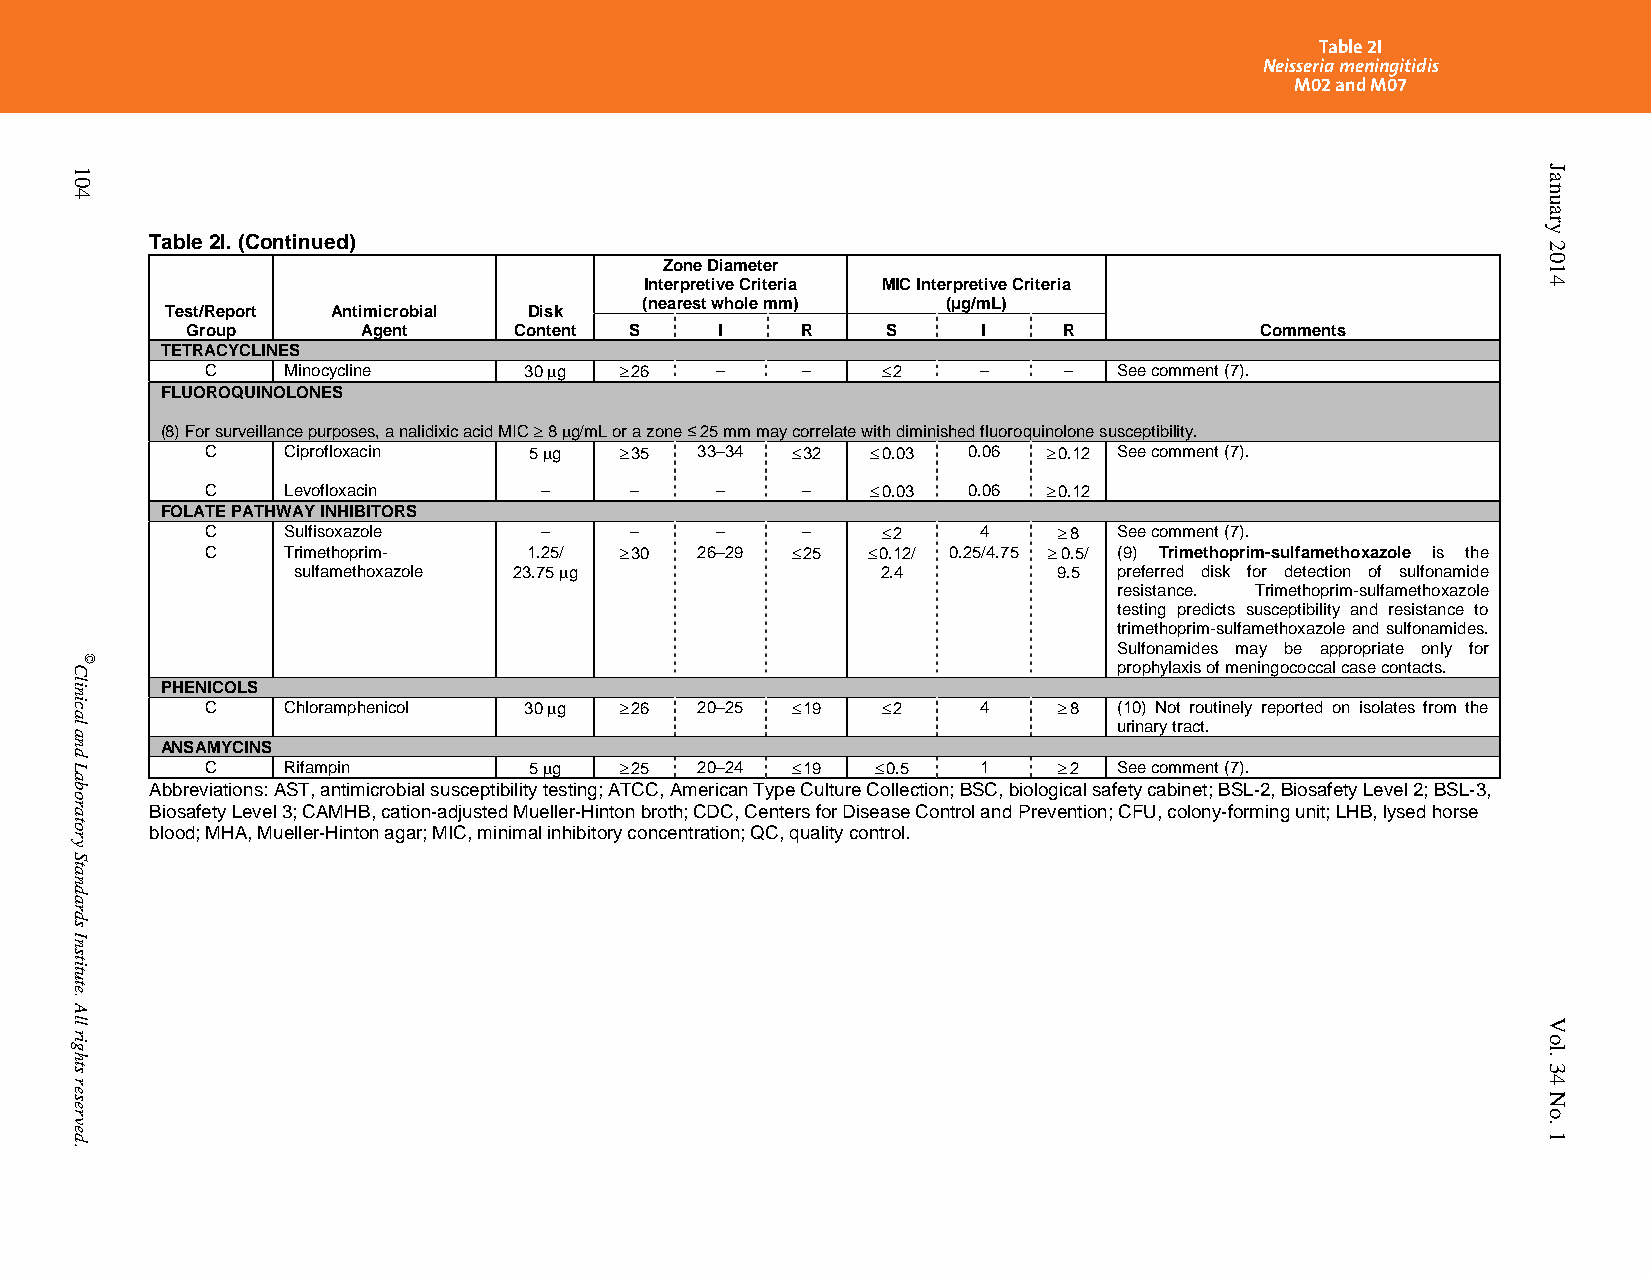
Table 2I
 Neisseria meningitidis
 M02 and M07
 Table 2I. (Continued)
 Zone Diameter
 Interpretive Criteria MIC Interpretive Criteria
 (nearest whole mm)  (µg/mL)
 Test/Report Antimicrobial Disk
 Group       Agent     Content S     I    R     S     I    R            Comments
 TETRACYCLINES
 C    Minocycline     30 g  26  –     –     2    –    –   See comment (7).
 FLUOROQUINOLONES
 (8) For surveillance purposes, a nalidixic acid MIC  8 g/mL or a zone ≤ 25 mm may correlate with diminished fluoroquinolone susceptibility.
 C    Ciprofloxacin   5 g   35 33–34  32   0.03 0.06  0.12 See comment (7).
 C    Levofloxacin     –     –    –     –     0.03 0.06  0.12
 FOLATE PATHWAY INHIBITORS
 C    Sulfisoxazole    –     –    –     –     2    4     8 See comment (7).
 C    Trimethoprim-   1.25/  30 26–29  25  0.12/ 0.25/4.75  0.5/ (9) Trimethoprim-sulfamethoxazole is the
 sulfamethoxazole 23.75 g              2.4         9.5 preferred disk for detection of sulfonamide
 resistance. Trimethoprim-sulfamethoxazole
 testing predicts susceptibility and resistance to
 trimethoprim-sulfamethoxazole and sulfonamides.
 Sulfonamides may be appropriate only for
 prophylaxis of meningococcal case contacts.
 PHENICOLS
 C    Chloramphenicol 30 g  26 20–25  19   2    4     8 (10) Not routinely reported on isolates from the
 urinary tract.
 ANSAMYCINS
 C    Rifampin        5 g   25 20–24  19   0.5  1     2 See comment (7).
 Abbreviations: AST, antimicrobial susceptibility testing; ATCC, American Type Culture Collection; BSC, biological safety cabinet; BSL-2, Biosafety Level 2; BSL-3,
 Biosafety Level 3; CAMHB, cation-adjusted Mueller-Hinton broth; CDC, Centers for Disease Control and Prevention; CFU, colony-forming unit; LHB, lysed horse
 blood; MHA, Mueller-Hinton agar; MIC, minimal inhibitory concentration; QC, quality control.
 PublishedOn1/1/2014. Thisdocumentisprotectedbycopyright.
 104
 Clinical
 and
 Laboratory
 Standards
 Institute.
 All
 rights
 reserved.
 ©
 January
 2014
 Vol.
 34
 No.
 1